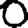
Digit: 0